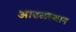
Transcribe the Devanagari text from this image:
आढळस्थान